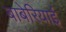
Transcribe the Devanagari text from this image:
बाबेरियाई